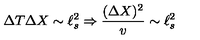
\Delta T \Delta X \sim \ell _ { s } ^ { 2 } \Rightarrow { \frac { ( \Delta X ) ^ { 2 } } { v } } \sim \ell _ { s } ^ { 2 }